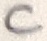
Text: C